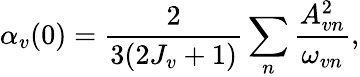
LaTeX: \alpha_{v}(0)=\frac{2}{3(2J_{v}+1)}\sum_{n}\frac{A_{vn}^{2}}{\omega_{vn}},